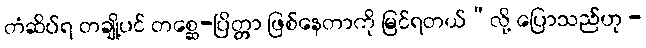
တံဆိပ်ရ တချို့ပင် တစ္ဆေ-ပြိတ္တာ ဖြစ်နေတာကို မြင်ရတယ်”လို့ ပြောသည်ဟု -